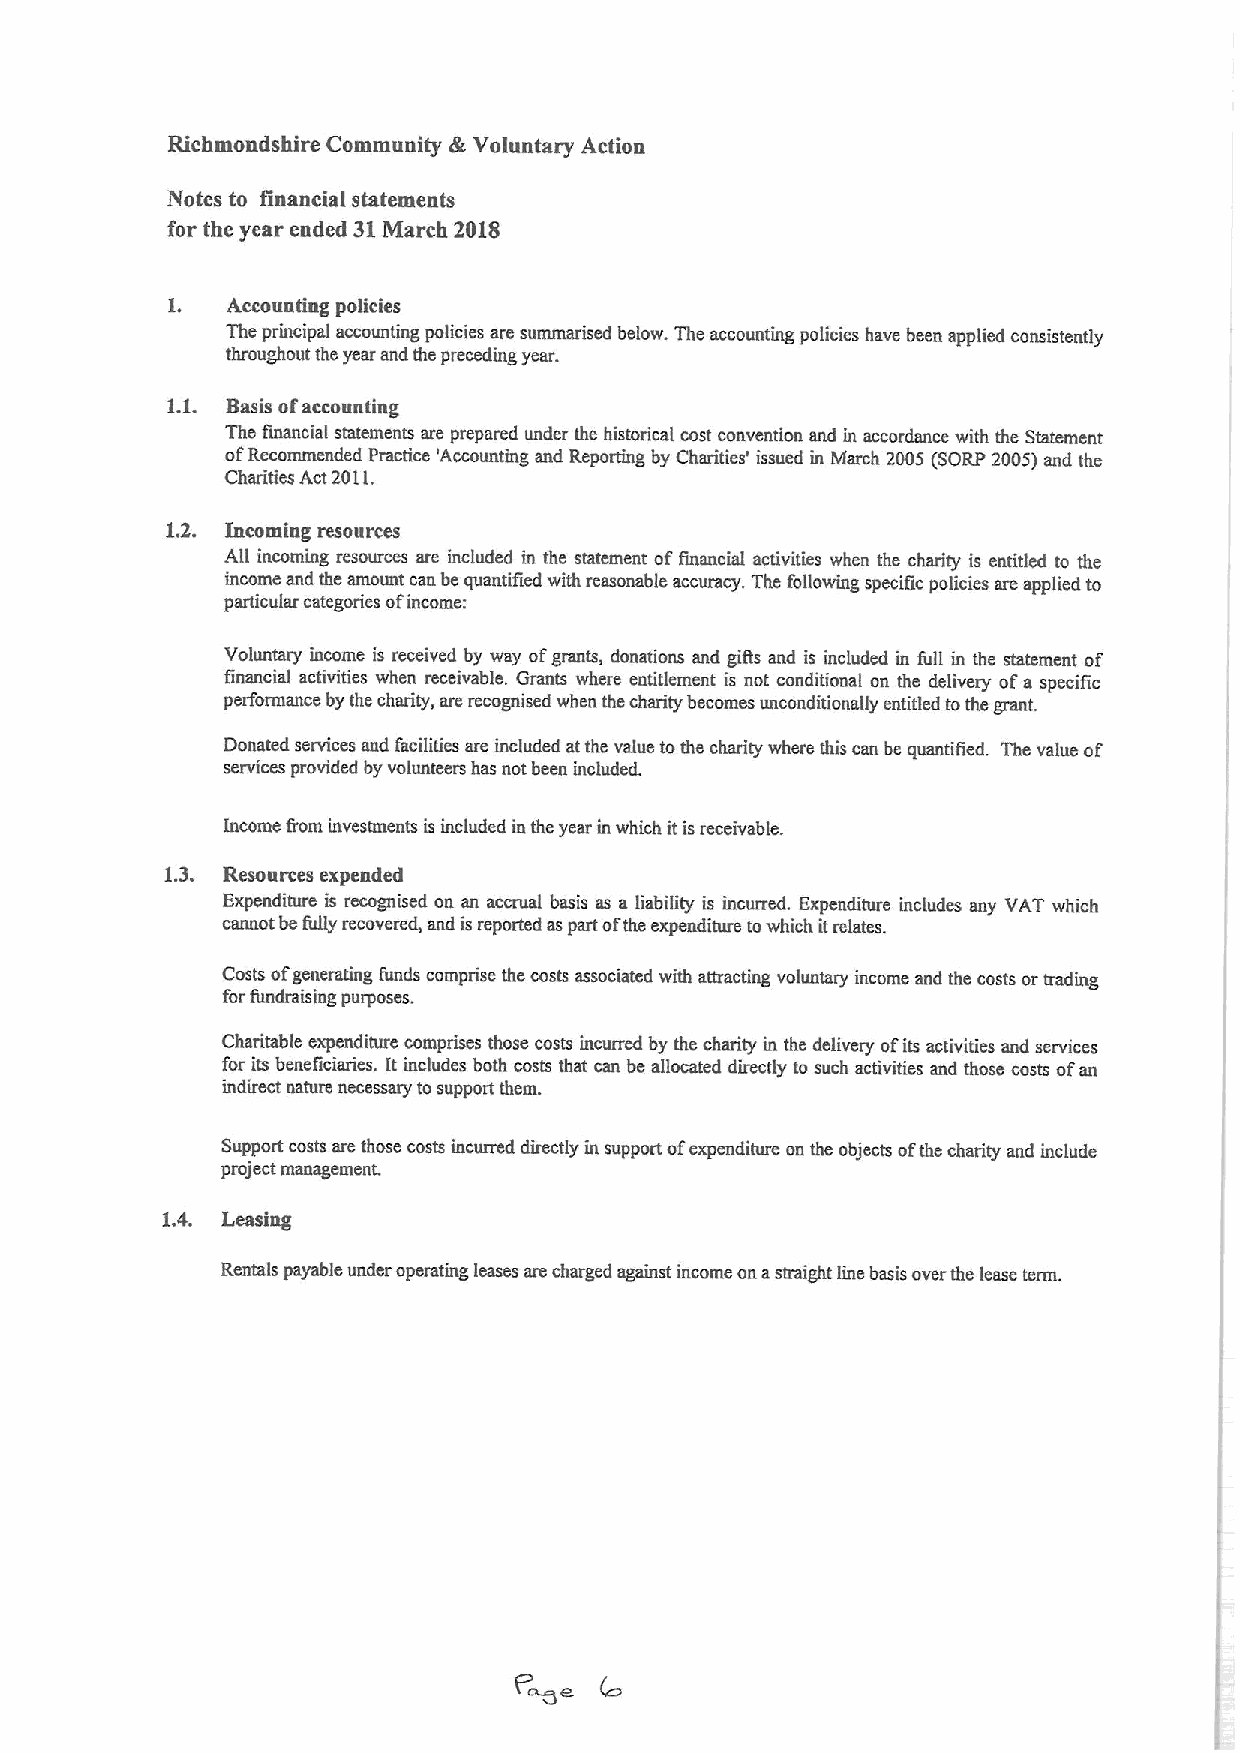
k
 Richmondshlre Community Voluntary Action
 Notes to financial statements
 for the year ended 31March 2018
 1.  Accountiug policies
 The principal accounting policies are summarised below. The accounting policies have been applied consistently
 thmughout the year and the preceding year.
 1.1. Basis ofaccounting
 The financial statements are prepared under the historical cost convention and in accordance with the Statement
 ofRecommended Practice 'Accounting and Reporting by Charities' issued in March 2005 (SORP 2005)and the
 Charities Act2011.
 1.2. Incomiug resources
 All incoming resources are included in the statement offinancial activities when the charity is entitled to the
 income and tbe amount can be quantified with reasonable accuracy. The following specific policies are applied to
 particular categories ofincome:
 Voluntary income is received by way ofgrants, donations and gifts and is included in full in the statement of
 financial activities when receivable. Grants where entitlement is not conditional on the delivery ofa specific
 performance by the charity, are recognised when the charity becomes unconditionally entitled tothe grant.
 Donated services and facilities are included atthe value tothe charity where this can be quantiTied. The value of
 services provided by volunteers has not been included.
 Income from investments is included in the year in which itisreceivable.
 1.3. Resources expended
 Expenditure is recognised on an accrual basis as a liability is incurred. Expenditure includes any VAT which
 cannot be fully recovered, snd isreported espart ofthe expenditure towhich itrelates.
 Costs ofgenerating funds comprise the costs associated with attracting voluntary income and the costs or trading
 forfundrais ing purposes.
 Charitable expenditure comprises those costs incurred by the charity in the delivery ofits activities and services
 for its beneficiaries. It includes both costs that can be allocated directly to such activities snd those costs ofan
 indirect nature necessary tosupport them.
 Support costs are those costs incurred directly in support ofexpenditure on the objects ofthe charity and include
 pmject management.
 1.4. Leasing
 Rentals payable under operating leases are charged against income on astraight line basis over the lease term.
 P~e